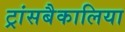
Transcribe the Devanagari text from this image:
ट्रांसबैकालिया